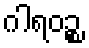
ဂါရဝဉ္စ